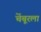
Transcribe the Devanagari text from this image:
चेंबूरला